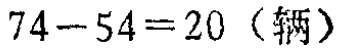
\(74 - 54 = 20 \text{（辆）}\)